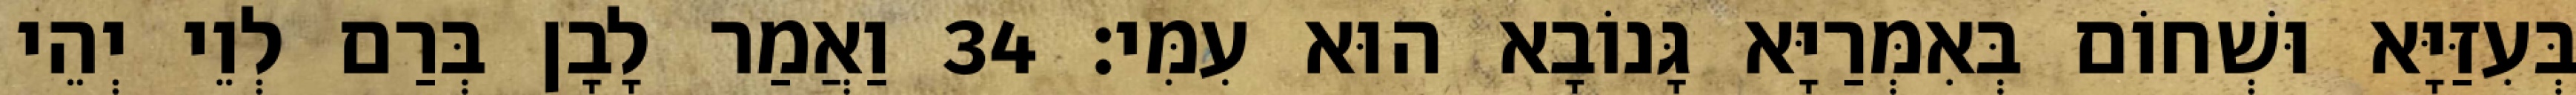
בְּעִזַּיָּא וּשְׁחוֹם בְּאִמְּרַיָּא גָּנוֹבָא הוּא עִמִּי׃ 34 וַאֲמַר לָבָן בְּרַם לְוֵי יְהֵי